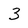
Character: 3